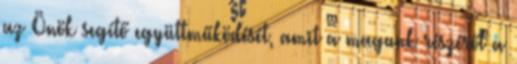
az Önök segítő együttműködését, amit a magunk részéről a